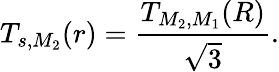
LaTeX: T_{s,M_{2}}(r)={\frac{T_{M_{2},M_{1}}(R)}{\sqrt{3}}}.